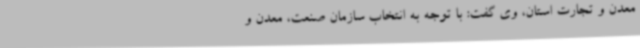
معدن و تجارت استان، وی گفت: با توجه به انتخاب سازمان صنعت، معدن و